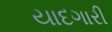
યાદગારી